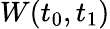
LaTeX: W(t_{0},t_{1})